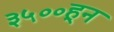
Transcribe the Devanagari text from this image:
३५००हून